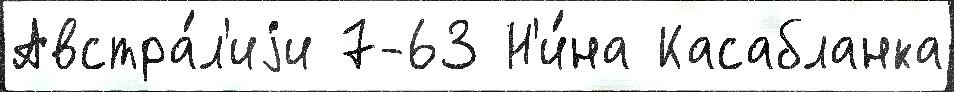
Австра́л'иjи 7-63 Н'и́на Касабланка